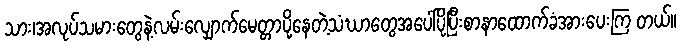
သား၊အလုပ်သမားတွေနဲ့လမ်းလျှောက်မေတ္တာပို့နေတဲ့သံဃာတွေအပေါ်ပိုပြီးစာနာထောက်ခံအားပေးကြ တယ်။